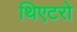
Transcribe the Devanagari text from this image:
थिएटरो